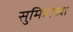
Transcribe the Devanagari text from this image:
सुमित्राच्या